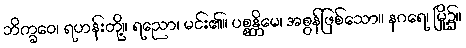
ဘိက္ခဝေ၊ ရဟန်းတို့။ ရညော၊ မင်း၏။ ပစ္စန္တိမေ၊ အစွန်ဖြစ်သော။ နဂရေ၊ မြို့၌။